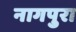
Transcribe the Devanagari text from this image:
नागपुरा